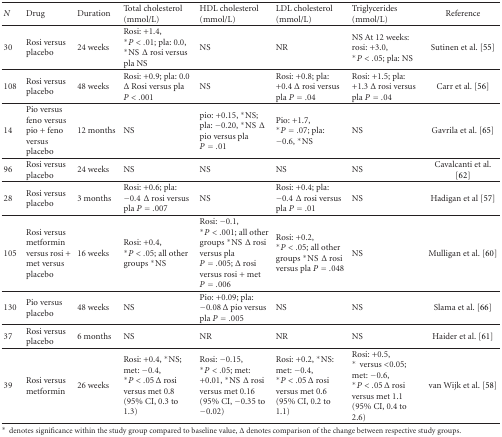
<table><thead><tr><td><b><i>N</i></b></td><td><b>Drug</b></td><td><b>Duration</b></td><td><b>Total cholesterol (mmol/L)</b></td><td><b>HDL cholesterol (mmol/L)</b></td><td><b>LDL cholesterol (mmol/L)</b></td><td><b>Triglycerides (mmol/L)</b></td><td><b>Reference</b></td></tr></thead><tbody><tr><td>30</td><td>Rosi versus placebo</td><td>24 weeks</td><td>Rosi: +1.4,*<i>P</i> &lt; .01; pla: 0.0,*NS Δ rosi versus pla NS</td><td>NS</td><td>NR</td><td>NSAt 12 weeks: rosi: +3.0,*<i>P</i> &lt; .05; pla: NS</td><td>Sutinen et al. [55]</td></tr><tr><td>108</td><td>Rosi versus placebo</td><td>48 weeks</td><td>Rosi: +0.9; pla: 0.0Δ Rosi versus pla <i>P</i> &lt; .001</td><td>NS</td><td>Rosi: +0.8; pla: +0.4 Δ rosi versus pla <i>P</i> = .04</td><td>Rosi: +1.5; pla: +1.3 Δ rosi versus pla <i>P</i> = .04</td><td>Carr et al. [56]</td></tr><tr><td>14</td><td>Pio versus feno versus pio + feno versus placebo</td><td>12 months</td><td>NS</td><td>pio: +0.15,*NS; pla: −0.20,*NS Δ pio versus pla <i>P</i> = .01</td><td>Pio: +1.7,*<i>P</i> = .07; pla: −0.6,*NS</td><td>NS</td><td>Gavrila et al. [65]</td></tr><tr><td>96</td><td>Rosi versus placebo</td><td>24 weeks</td><td>NS</td><td>NS</td><td>NS</td><td>NS</td><td>Cavalcanti et al. [62]</td></tr><tr><td>28</td><td>Rosi versusplacebo</td><td>3 months</td><td>Rosi: +0.6; pla: −0.4 Δ rosi versus pla <i>P</i> = .007</td><td>NS</td><td>Rosi: +0.4; pla: −0.4 Δ rosi versus pla <i>P</i> = .01</td><td>NS</td><td>Hadigan et al [57]</td></tr><tr><td>105</td><td>Rosi versus metformin versus rosi + met versus placebo</td><td>16 weeks</td><td>Rosi: +0.4,*<i>P</i> &lt; .05; all other groups*NS</td><td>Rosi: −0.1,*<i>P</i> &lt; .001; all other groups*NS Δ rosi versus pla <i>P</i> = .005; Δ rosi versus rosi + met <i>P</i> = .006</td><td>Rosi: +0.2,*<i>P</i> &lt; .05; all other groups*NS Δ rosi versus pla <i>P</i> = .048</td><td>NS</td><td>Mulligan et al. [60]</td></tr><tr><td>130</td><td>Pio versus placebo</td><td>48 weeks</td><td>NS</td><td>Pio: +0.09; pla: −0.08 Δ pio versus pla <i>P</i> = .005</td><td>NS</td><td>NS</td><td>Slama et al. [66]</td></tr><tr><td>37</td><td>Rosi versus placebo</td><td>6 months</td><td>NS</td><td>NR</td><td>NR</td><td>NS</td><td>Haider et al. [61]</td></tr><tr><td>39</td><td>Rosi versus metformin</td><td>26 weeks</td><td>Rosi: +0.4,*NS; met: −0.4,*<i>P</i> &lt; .05 Δ rosi versus met 0.8 (95% CI, 0.3to 1.3)</td><td>Rosi: −0.15,*<i>P</i> &lt; .05; met:+0.01,*NS Δ rosi versus met 0.16 (95% CI,−0.35 to −0.02)</td><td>Rosi: +0.2,*NS: met: −0.4,*<i>P</i> &lt; .05 Δ rosi versus met 0.6 (95% CI, 0.2to 1.1)</td><td>Rosi: +0.5,* versus &lt;0.05; met: −0.6,*<i>P</i> &lt; .05 Δ rosi versus met 1.1 (95% CI, 0.4to 2.6)</td><td>van Wijk et al. [58]</td></tr></tbody></table>